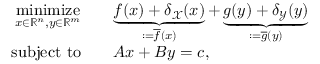
\begin{array} { r l } { \underset { x \in \mathbb { R } ^ { n } , y \in \mathbb { R } ^ { m } } { \mathrm { m i n i m i z e } } } & { \quad \underbrace { f ( x ) + \delta _ { \mathcal { X } } ( x ) } _ { : = \overline { { f } } ( x ) } + \underbrace { g ( y ) + \delta _ { \mathcal { Y } } ( y ) } _ { : = \overline { { g } } ( y ) } } \\ { \mathrm { s u b j e c t ~ t o } } & { \quad A x + B y = c , } \end{array}